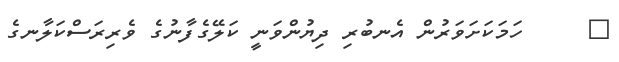
٨     ހަމަކަށަވަރުންް އެނބުރި ދިޔުންވަނީ ކަލޭގެފާނުގެ ވެރިރަސްކަލާނގެ